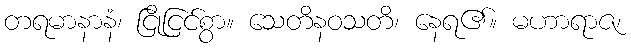
တရမာနာနံ၊ ငြိုငြင်စွာ။ သေတိနဝသတိ၊ နေရ၏။ မဟာရာဇ၊